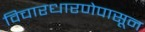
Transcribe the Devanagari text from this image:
विचारधारणेपासून